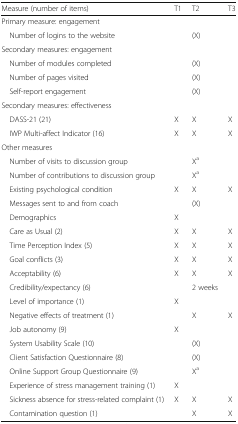
<table><thead><tr><td><b>Measure (number of items)</b></td><td><b>T1</b></td><td><b>T2</b></td><td><b>T3</b></td></tr></thead><tbody><tr><td colspan="4">Primary measure: engagement</td></tr><tr><td> Number of logins to the website</td><td></td><td>(X)</td><td></td></tr><tr><td colspan="4">Secondary measures: engagement</td></tr><tr><td> Number of modules completed</td><td></td><td>(X)</td><td></td></tr><tr><td> Number of pages visited</td><td></td><td>(X)</td><td></td></tr><tr><td> Self-report engagement</td><td></td><td>(X)</td><td></td></tr><tr><td colspan="4">Secondary measures: effectiveness</td></tr><tr><td> DASS-21 (21)</td><td>X</td><td>X</td><td>X</td></tr><tr><td> IWP Multi-affect Indicator (16)</td><td>X</td><td>X</td><td>X</td></tr><tr><td colspan="4">Other measures</td></tr><tr><td> Number of visits to discussion group</td><td></td><td>X<sup>a</sup></td><td></td></tr><tr><td> Number of contributions to discussion group</td><td></td><td>X<sup>a</sup></td><td></td></tr><tr><td> Existing psychological condition</td><td>X</td><td>X</td><td>X</td></tr><tr><td> Messages sent to and from coach</td><td></td><td>(X)</td><td></td></tr><tr><td> Demographics</td><td>X</td><td></td><td></td></tr><tr><td> Care as Usual (2)</td><td>X</td><td>X</td><td>X</td></tr><tr><td> Time Perception Index (5)</td><td>X</td><td>X</td><td>X</td></tr><tr><td> Goal conflicts (3)</td><td>X</td><td>X</td><td>X</td></tr><tr><td> Acceptability (6)</td><td>X</td><td>X</td><td>X</td></tr><tr><td> Credibility/expectancy (6)</td><td></td><td>2 weeks</td><td></td></tr><tr><td> Level of importance (1)</td><td>X</td><td></td><td></td></tr><tr><td> Negative effects of treatment (1)</td><td></td><td>X</td><td>X</td></tr><tr><td> Job autonomy (9)</td><td>X</td><td></td><td></td></tr><tr><td> System Usability Scale (10)</td><td></td><td>(X)</td><td></td></tr><tr><td> Client Satisfaction Questionnaire (8)</td><td></td><td>(X)</td><td></td></tr><tr><td> Online Support Group Questionnaire (9)</td><td></td><td>X<sup>a</sup></td><td></td></tr><tr><td> Experience of stress management training (1)</td><td>X</td><td></td><td></td></tr><tr><td> Sickness absence for stress-related complaint (1)</td><td>X</td><td>X</td><td>X</td></tr><tr><td> Contamination question (1)</td><td></td><td>X</td><td>X</td></tr></tbody></table>